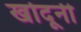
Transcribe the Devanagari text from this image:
खोदूनी